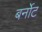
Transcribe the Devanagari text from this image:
बर्नोट